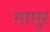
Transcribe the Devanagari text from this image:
मामुर